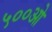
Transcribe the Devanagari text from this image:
५००ओ